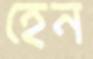
হেন